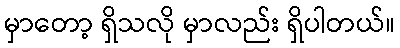
မှာတော့ ရှိသလို မှာလည်း ရှိပါတယ်။